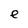
Character: e